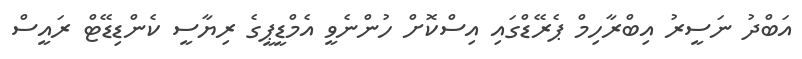
އަބްދު ނަސީރު އިބްރާހިމް ޕެރޭޑްގައި އިސްކޮށް ހުންނެވީ އެމްޑީޕީގެ ރިޔާސީ ކެންޑިޑޭޓް ރައީސް